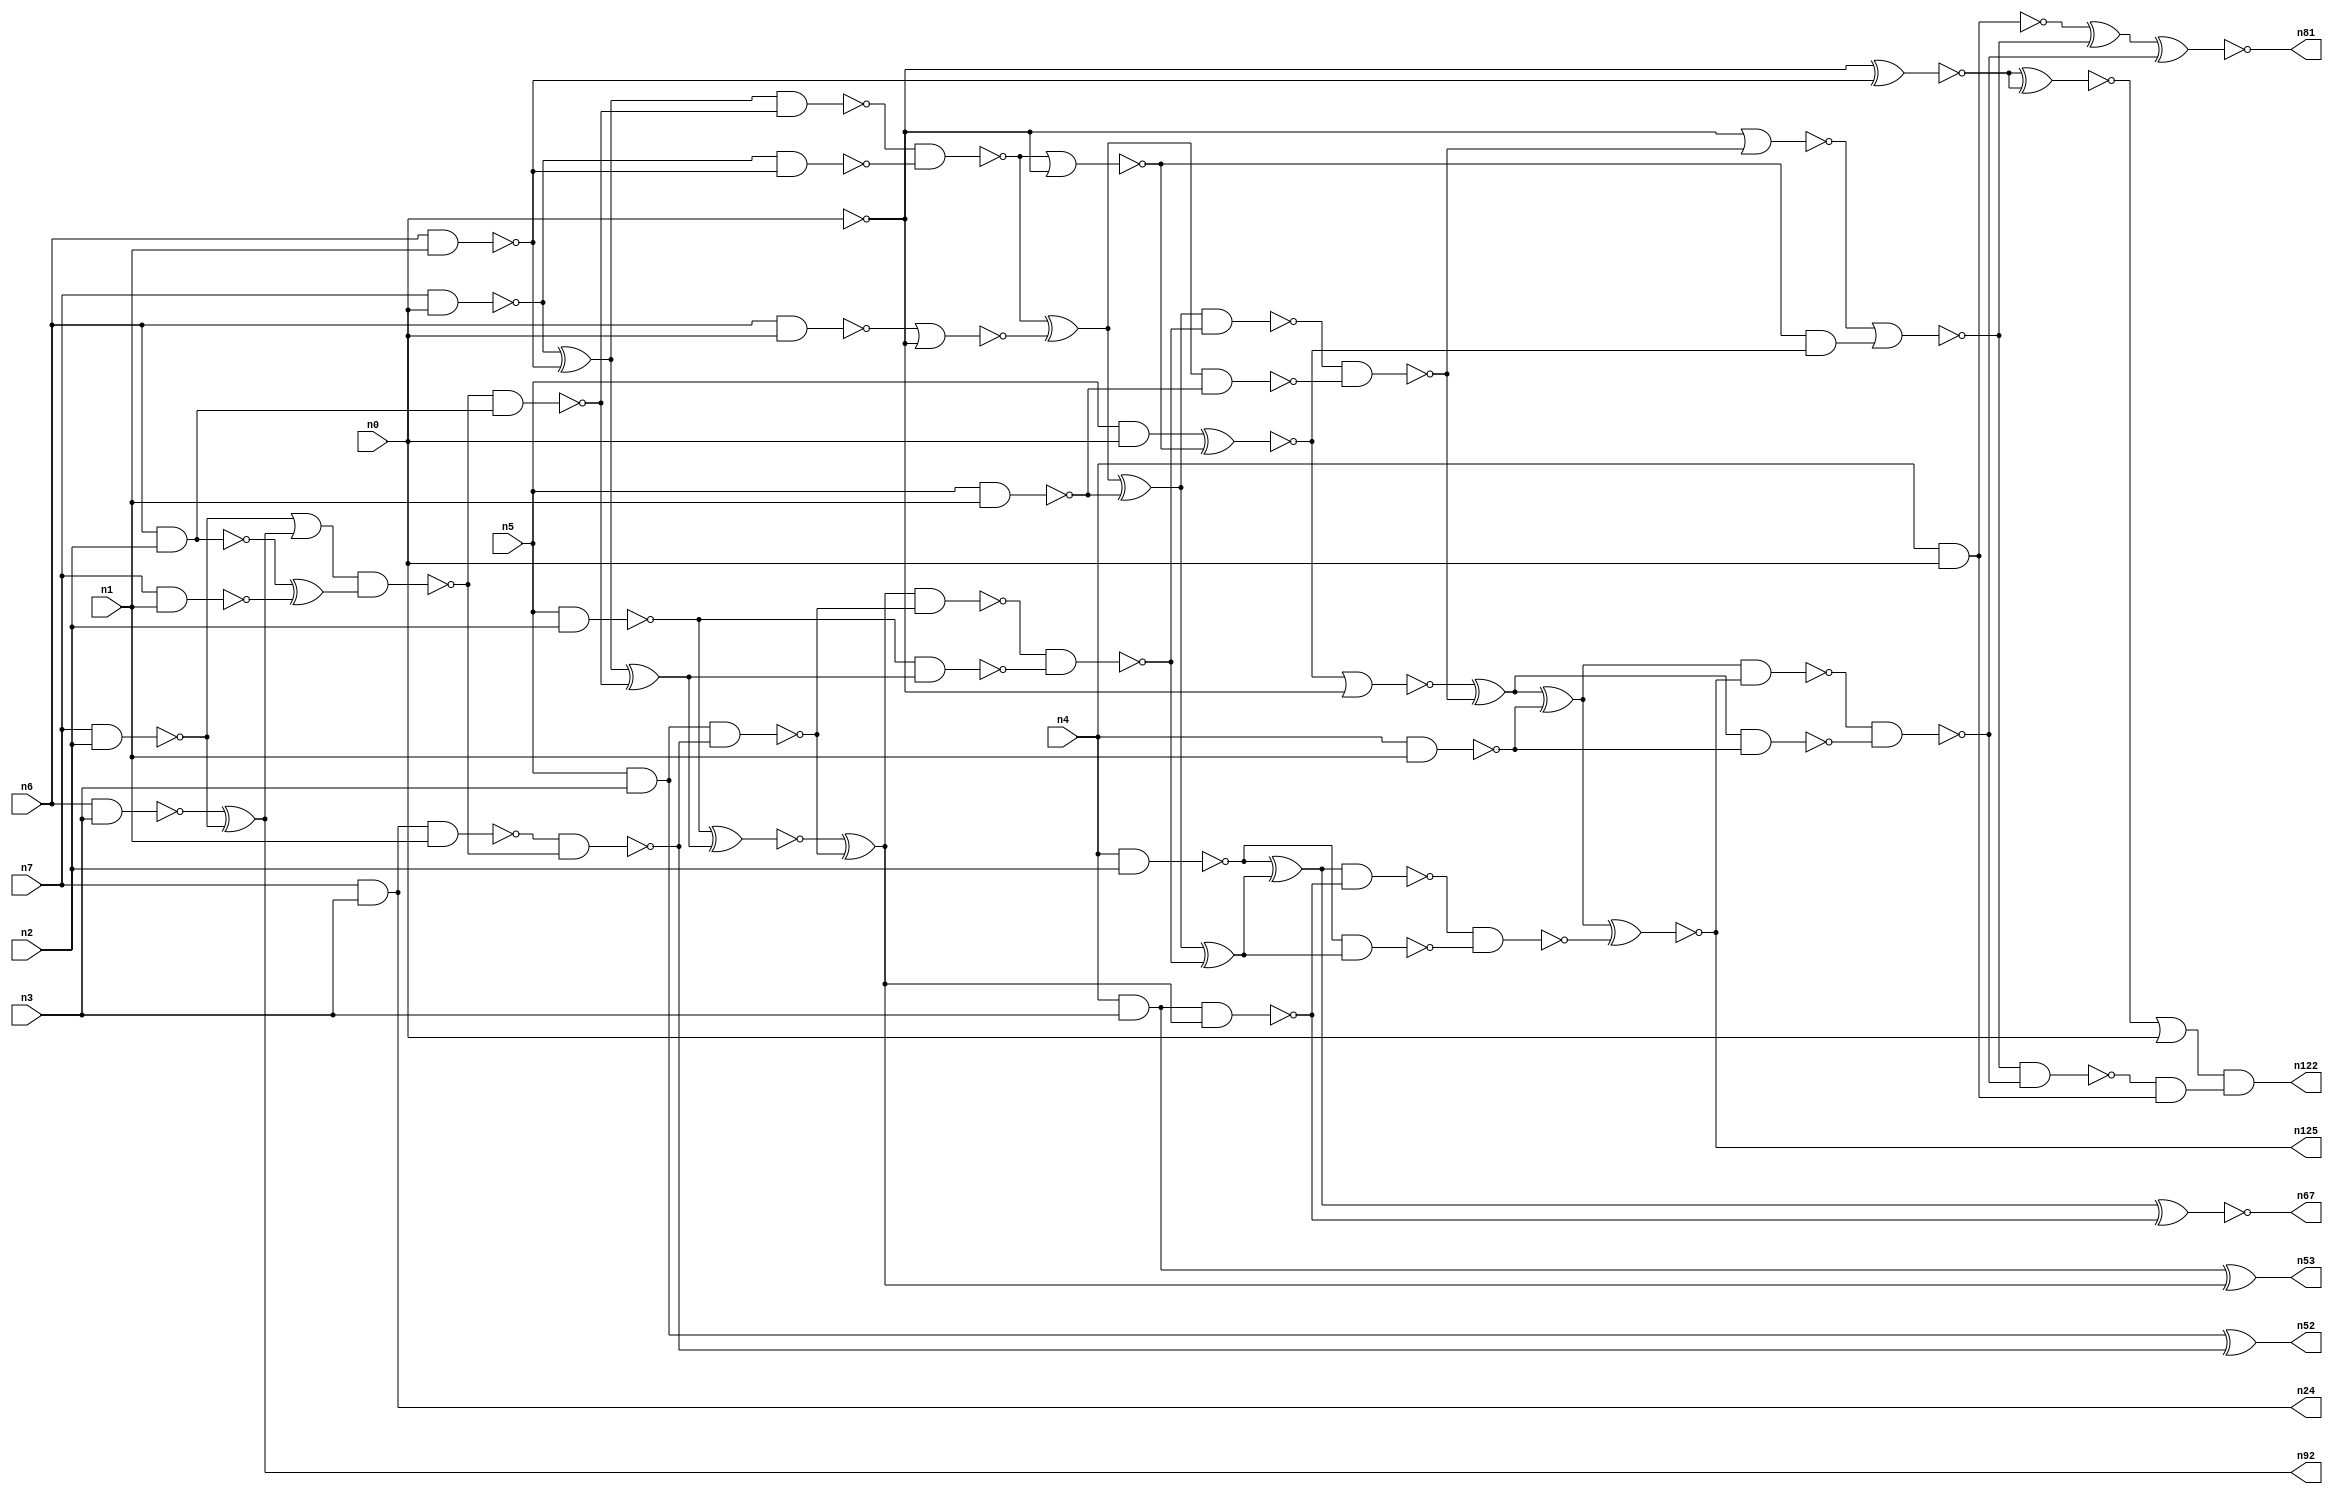
// This program was cloned from: https://github.com/umar-afzaal/ReCkt
// License: MIT License

// This file contains a pareto-optimal circuit with respect to power and the fault-resilince parameter p_fault which is defined as:
// "For all input vectors, the ratio of the no. of faults observable at the POs to the no. of total possible faults in the circuit".
// This code is part of the ReCkt library (https://github.com/umar-afzaal/ReCkt) distributed under The MIT License.
// When used, please cite the following article(s):
// U. Afzaal, A.S. Hassan, M. Usman and J.A. Lee, "On the Evolutionary Synthesis of Increased Fault-resilience Arithmetic Circuits".

// p_fault = 86.9 %    (Lower is better)
// gates = 80.0
// levels = 20
// area = 102.24    (For MCNC library relative to nand2)
// power = 570.2 uW    (Berkely-SIS for MCNC library @ Vdd=5V and 20 MHz clock)
// delay = 29.9 ns    (Berkely-ABC for MCNC library)
// PDP = 1.7049e-11 J

// Pin mapping:
// {n0, n1, n2, n3} = A[3:0]
// {n4, n5, n6, n7} = B[3:0]
// {n122, n81, n125, n67, n53, n52, n92, n24} = O[7:0]

module mult4u_power_14 (
n0, n1, n2, n3, n4, n5, n6, n7, 
n122, n81, n125, n67, n53, n52, n92, n24
);

input n0, n1, n2, n3, n4, n5, n6, n7;
output n122, n81, n125, n67, n53, n52, n92, n24;
wire n16, n73, n77, n26, n40, n38, n78, n76, n46, n50, n51, n15, n66, n36, n35, n18, n13, n32, n21, n64, 
n57, n65, n90, n10, n17, n70, n116, n97, n61, n19, n58, n68, n74, n44, n20, n62, n60, n28, n59, n80, 
n82, n27, n79, n69, n45, n71, n25, n14, n75, n43, n8, n39, n34, n37, n31, n42, n56, n54, n12, n63, 
n30, n22, n11, n49, n29, n9, n72, n47, n55, n23, n41, n48;

nand (n8, n4, n3);
and (n9, n5, n0);
nand (n10, n6, n1);
nand (n11, n5, n1);
nand (n12, n0, n0);
nand (n13, n6, n2);
nand (n14, n4, n1);
nand (n15, n7, n0);
nand (n16, n7, n1);
nand (n17, n7, n2);
nand (n18, n6, n3);
and (n19, n5, n3);
nand (n20, n6, n0);
nand (n21, n5, n2);
nand (n22, n4, n2);
nand (n23, n4, n0);
and (n24, n7, n3);
xor (n25, n15, n10);
xor (n26, n18, n17);
nand (n27, n15, n10);
nor (n28, n20, n12);
and (n29, n13, n13);
xor (n30, n13, n16);
or (n31, n17, n26);
nand (n32, n8, n8);
nand (n34, n24, n1);
nand (n35, n13, n29);
nand (n36, n0, n0);
nand (n37, n31, n30);
nand (n38, n37, n35);
nand (n39, n34, n37);
nand (n40, n19, n39);
xor (n41, n25, n38);
nand (n42, n25, n38);
xnor (n43, n19, n39);
nand (n44, n21, n41);
and (n45, n40, n40);
nand (n46, n42, n27);
xnor (n47, n21, n41);
xor (n48, n47, n45);
nand (n49, n48, n40);
nor (n50, n46, n36);
xor (n51, n46, n28);
nand (n52, n43, n43);
xor (n53, n32, n48);
xnor (n54, n9, n50);
xor (n55, n51, n11);
nand (n56, n32, n48);
and (n57, n50, n54);
nand (n58, n51, n11);
nand (n59, n49, n44);
nor (n60, n54, n12);
xor (n61, n55, n59);
nand (n62, n55, n59);
nand (n63, n22, n61);
nand (n64, n0, n0);
nand (n65, n62, n58);
xor (n66, n22, n61);
xnor (n67, n66, n56);
xor (n68, n60, n65);
nand (n69, n66, n56);
nor (n70, n64, n65);
xor (n71, n68, n14);
nor (n72, n70, n57);
nand (n73, n68, n14);
nand (n74, n69, n63);
xnor (n75, n71, n74);
xor (n76, n23, n72);
nand (n77, n23, n23);
nand (n78, n71, n75);
nand (n79, n78, n73);
nand (n80, n72, n79);
xnor (n81, n76, n79);
and (n82, n80, n77);
xnor (n90, n12, n10);
and (n92, n26, n26);
xnor (n97, n90, n90);
or (n116, n97, n0);
and (n122, n116, n82);
and (n125, n75, n75);

endmodule